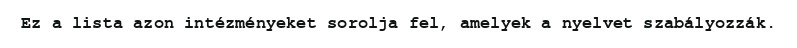
Ez a lista azon intézményeket sorolja fel, amelyek a nyelvet szabályozzák.